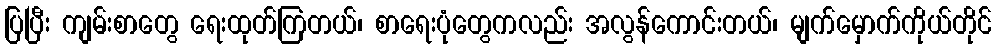
ပြပြီး ကျမ်းစာတွေ ရေးထုတ်ကြတယ်၊ စာရေးပုံတွေကလည်း အလွန်ကောင်းတယ်၊ မျက်မှောက်ကိုယ်တိုင်